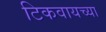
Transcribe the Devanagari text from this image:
टिकवायच्या